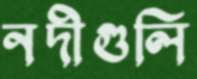
নদীগুলি